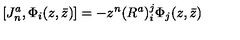
[ J _ { n } ^ { a } , \Phi _ { i } ( z , \bar { z } ) ] = - z ^ { n } ( R ^ { a } ) _ { i } ^ { j } \Phi _ { j } ( z , \bar { z } )